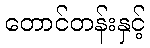
တောင်တန်းနှင့်